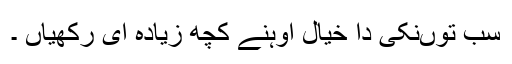
سب توںنکی دا خیال اوہنے کچھ زیادہ ای رکھیاں ۔